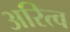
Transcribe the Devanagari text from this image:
अरित्व